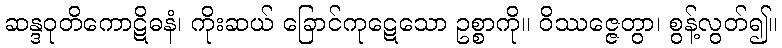
ဆန္ဒဝုတိကောဋိဓနံ၊ ကိုးဆယ် ခြောင်ကုဋေသော ဥစ္စာကို။ ဝိဿဇ္ဇေတွာ၊ စွန့်လွတ်၍။